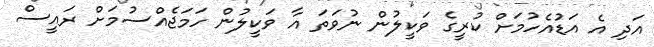
އަދި އެ އަޑުއެހުމަށް ކުރީގެ ވަކީލުން ނުވަތަ އާ ވަކީލުން ހަމަޖެއްސުމަށް ރައީސް